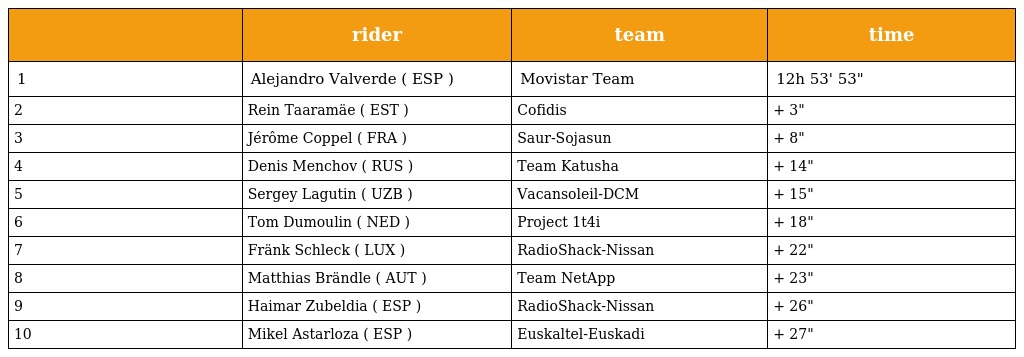
|  | rider | team | time |
 | --- | --- | --- | --- |
 | 1 | Alejandro Valverde ( ESP ) | Movistar Team | 12h 53' 53" |
 | 2 | Rein Taaramäe ( EST ) | Cofidis | + 3" |
 | 3 | Jérôme Coppel ( FRA ) | Saur-Sojasun | + 8" |
 | 4 | Denis Menchov ( RUS ) | Team Katusha | + 14" |
 | 5 | Sergey Lagutin ( UZB ) | Vacansoleil-DCM | + 15" |
 | 6 | Tom Dumoulin ( NED ) | Project 1t4i | + 18" |
 | 7 | Fränk Schleck ( LUX ) | RadioShack-Nissan | + 22" |
 | 8 | Matthias Brändle ( AUT ) | Team NetApp | + 23" |
 | 9 | Haimar Zubeldia ( ESP ) | RadioShack-Nissan | + 26" |
 | 10 | Mikel Astarloza ( ESP ) | Euskaltel-Euskadi | + 27" |